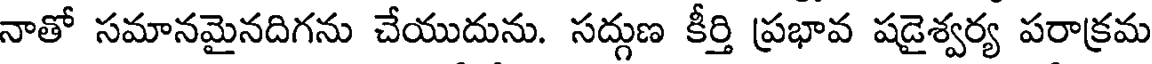
నాతో సమానమైనదిగను చేయుదును. సద్గుణ కీర్తి ప్రభావ షడైశ్వర్య పరాక్రమ